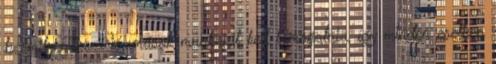
bármilyen pozíció, mások munkáját kell támogatnia, így minden esetben